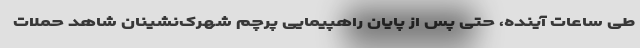
طی ساعات آینده، حتی پس از پایان راهپیمایی پرچم شهرک‌نشینان شاهد حملات